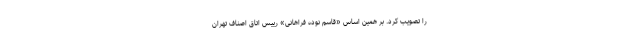
را تصویب کرد. بر همین اساس «قاسم نوده فراهانی» رییس اتاق اصناف تهران